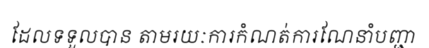
ដែលទទួលបាន តាមរយៈការកំណត់ការណែនាំបញ្ជា